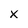
Character: x